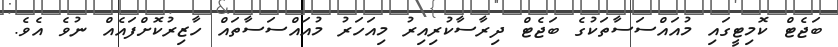
ބަޖެޓް ކޮމިޓީގައި މުއައްސަސާތަކުގެ ބަޖެޓް ދިރާސާކުރިއިރު މިއަހަރު މުއައްސަސާތައް ހާޒިރުކޮށްފައެއް ނުވެ އެވެ.